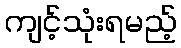
ကျင့်သုံးရမည့်